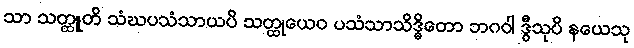
သာ သတ္ထူတိ သံဃပသံသာယပိ သတ္ထုယေဝ ပသံသာသိဒ္ဓိတော ဘဂဝါ ဒွီသုပိ နယေသု